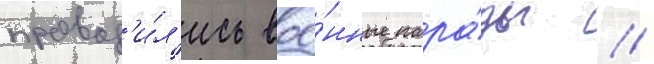
провод'и́л'ись вое́нные пара́ды //